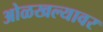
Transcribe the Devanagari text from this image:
ओळखल्यावर